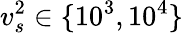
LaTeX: v_{s}^{2}\in\{ 10^{3},10^{4}\}